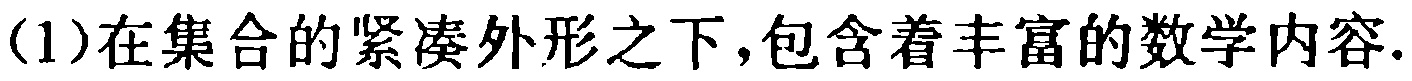
(1)在集合的紧凑外形之下,包含着丰富的数学内容.